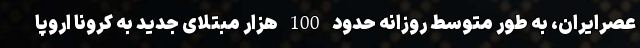
عصرایران، به طور متوسط روزانه حدود 100 هزار مبتلای جدید به کرونا اروپا